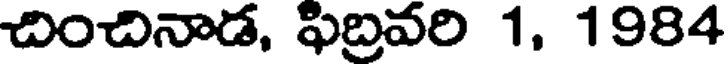
చించినాడ, ఫిబ్రవరి 1, 1984